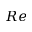
R e